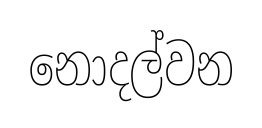
නොදල්වන